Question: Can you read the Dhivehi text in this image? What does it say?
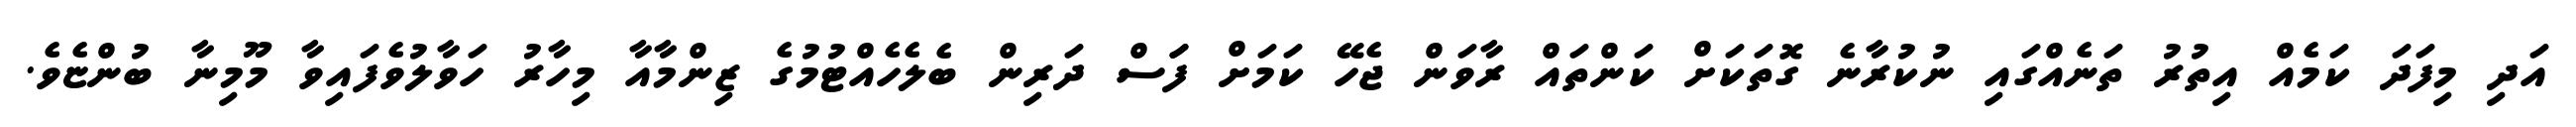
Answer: އަދި މިފަދަ ކަމެއް އިތުރު ތަނެއްގައި ނުކުރާނެ ގޮތަކަށް ކަންތައް ރާވަން ޖެހޭ ކަމަށް ފަަސް ދަރިން ބެލެހެއްޓުމުގެ ޒިންމާއާ މިހާރު ހަވާލުވެފައިވާ މޫމިނާ ބުންޏެވެ.